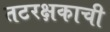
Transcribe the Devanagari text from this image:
तटरक्षकाची